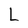
Character: L